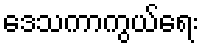
ဒေသကာကွယ်ရေး